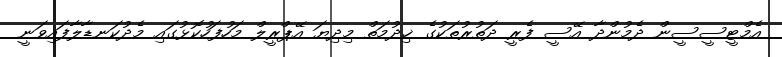
އެމްޓީސީސީން ދެމުންދާ އޭސީ ފެރީ ދަތުރުތަކުގެ ޚިދުމަތް މިދިޔަ އޭޕްރީލް މަހުފަހުކޮޅުގައި މެދުކަނޑާލާފައިވަނީ